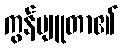
ကွန်ပျူတာ၏